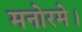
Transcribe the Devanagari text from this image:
मनोरमे।